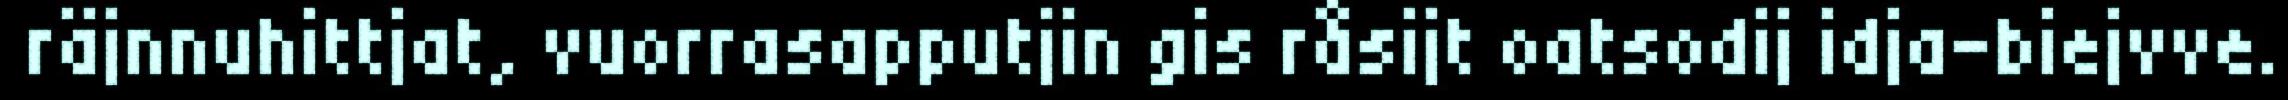
räjnnuhittjat, vuorrasapputjin gis råsijt oatsodij idja–biejvve.